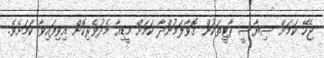
ޖެހޭ ކަމަށް ސިޔާސީ ޕާޓީތަކުން ގޮވާލަމުންދާ ކަމަށް މީޑިއާ މެދުވެރިކޮށް އިވިފައިވާ ކަމަށެވެ.